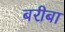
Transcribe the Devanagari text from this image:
बरीबा